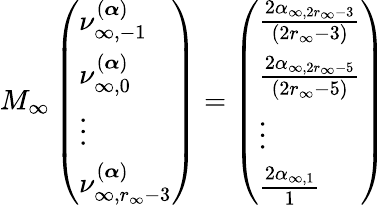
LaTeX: M_{\infty}\left(\begin{array}{l}{\nu_{\infty,-1}^{(\boldsymbol{\alpha})}}\\ {\nu_{\infty,0}^{(\boldsymbol{\alpha})}}\\ {\vdots}\\ {\nu_{\infty,r_{\infty}-3}^{(\boldsymbol{\alpha})}}\end{array}\right)=\left(\begin{array}{l}{\frac{2\alpha_{\infty,2r_{\infty}-3}}{(2r_{\infty}-3)}}\\ {\frac{2\alpha_{\infty,2r_{\infty}-5}}{(2r_{\infty}-5)}}\\ {\vdots}\\ {\frac{2\alpha_{\infty,1}}{1}}\end{array}\right)